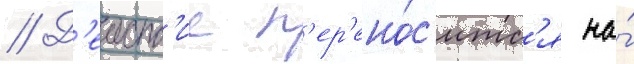
// Д'еиств'ие п'ер'ено́с'итс'я на́